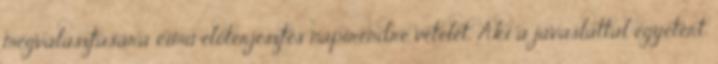
megválasztására című előterjesztés napirendre vételét. Aki a javaslattal egyetért,